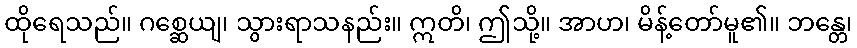
ထိုရေသည်။ ဂစ္ဆေယျ၊ သွားရာသနည်း။ ဣတိ၊ ဤသို့။ အာဟ၊ မိန့်တော်မူ၏။ ဘန္တေ၊